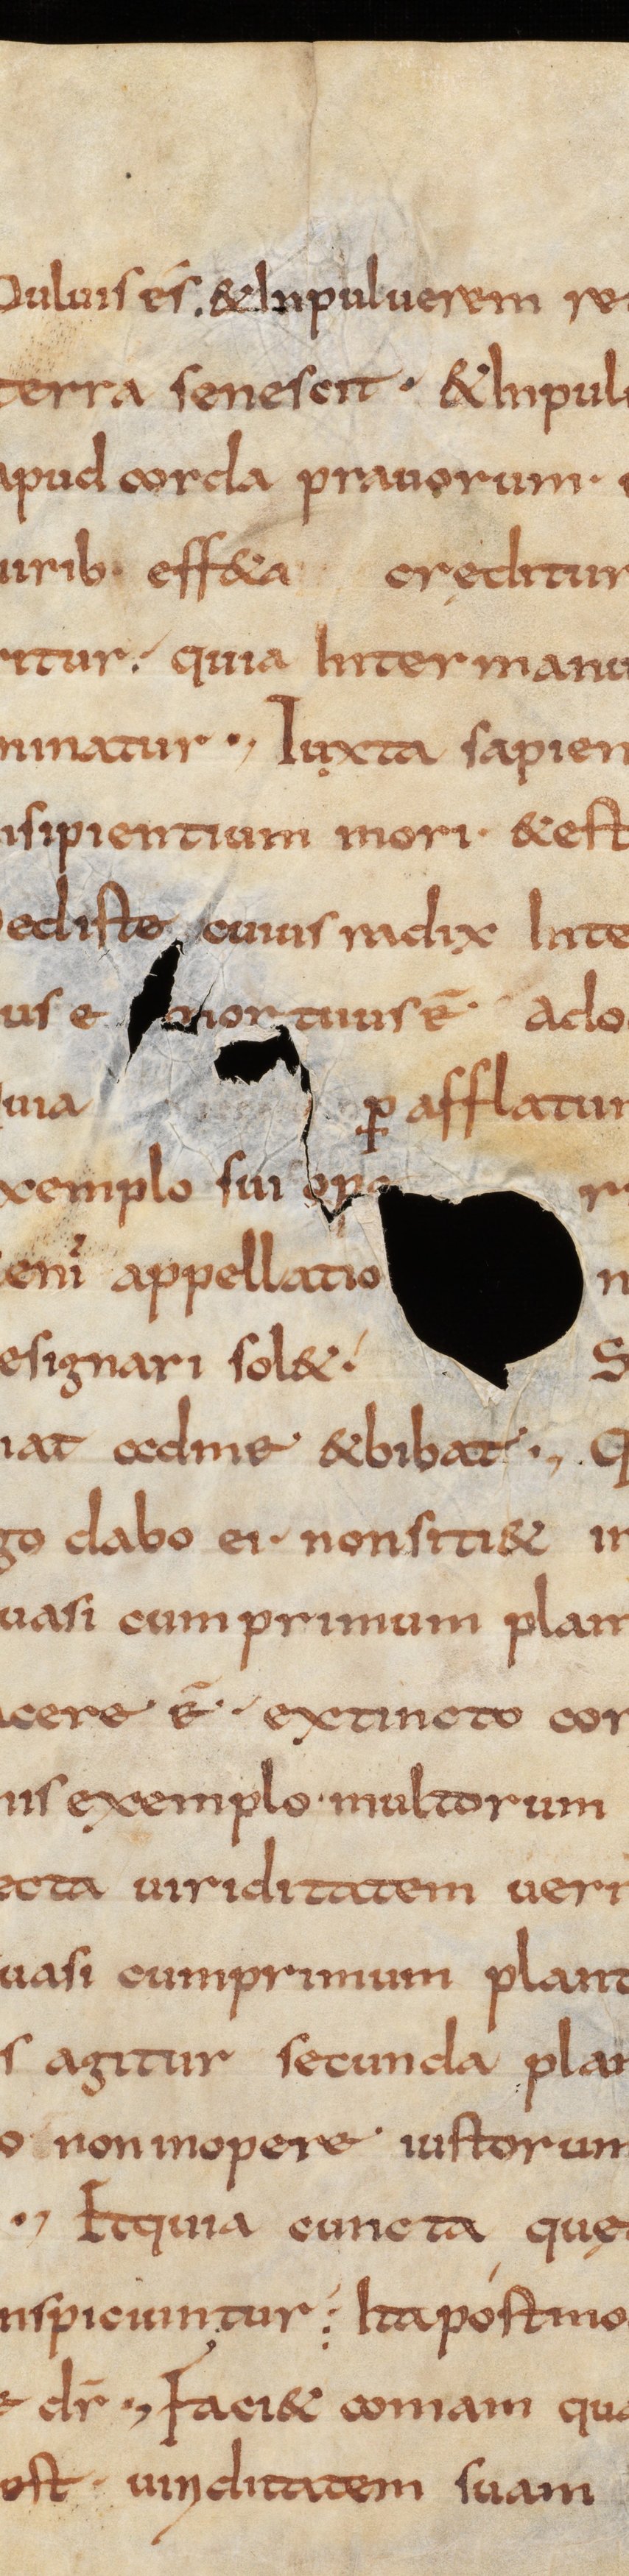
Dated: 800–832